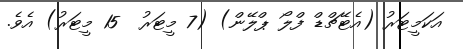
އަކަމީޓަރު (އެޓޭޗްޑް ފްލޯ ޕްލޭން) (7 މީޓަރު  15 މީޓަރު) އެވެ.